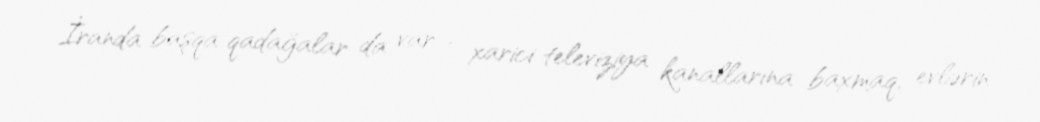
İranda başqa qadağalar da var - xarici televiziya kanallarına baxmaq, evlərin